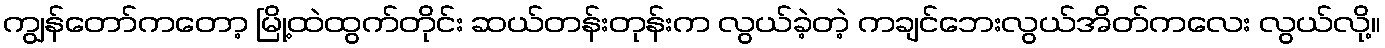
ကျွန်တော်ကတော့ မြို့ထဲထွက်တိုင်း ဆယ်တန်းတုန်းက လွယ်ခဲ့တဲ့ ကချင်ဘေးလွယ်အိတ်ကလေး လွယ်လို့။